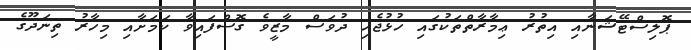
ޕޮލިސްޓޭޝަނާއި އިތުރު ޢިމާރާތްތަކުގައި ހުޅުޖެހި ދުވަސް މާޒީވެ ގޮސްފައިވާ ކަމަށާއި މިހާރު ތިނަދޫގެ